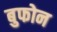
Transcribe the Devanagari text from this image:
बुफोन